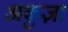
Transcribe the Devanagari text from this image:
अकुज़ा